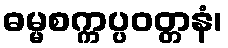
ဓမ္မစက္ကပ္ပဝတ္တနံ၊